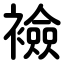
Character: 襝